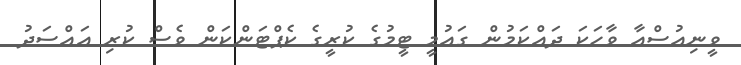
ވީނިއުސްއާ ވާހަކަ ދައްކަމުން ގައުމީ ޓީމުގެ ކުރީގެ ކެޕްޓަންކަން ވެސް ކުރި އައްސަދު